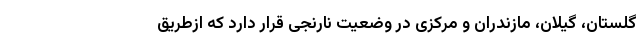
گلستان، گیلان، مازندران و مرکزی در وضعیت نارنجی قرار دارد که ازطریق